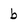
Character: b